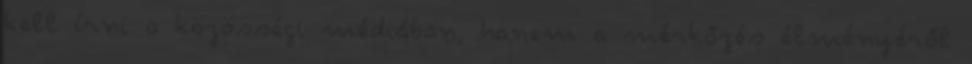
kell írni a közösségi médiában, hanem a mérkőzés élményéről